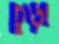
চুড়ী